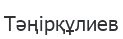
Тәңірқұлиев